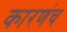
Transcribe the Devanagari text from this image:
कारणंच